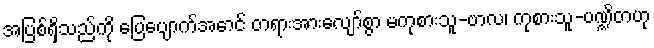
အပြစ်ရှိသည်ကို ပြေပျောက်အောင် တရားအားလျော်စွာ မကုစားသူ-ဗာလ၊ ကုစားသူ-ပဏ္ဍိတဟု